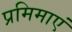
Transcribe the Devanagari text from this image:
प्रमिमाएं